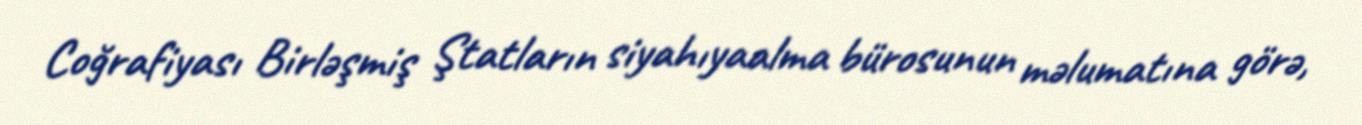
Coğrafiyası Birləşmiş Ştatların siyahıyaalma bürosunun məlumatına görə,